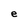
Character: e